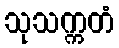
သုသက္ကတံ